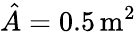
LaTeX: \hat{A}=0.5\, \mathrm{m}^{2}